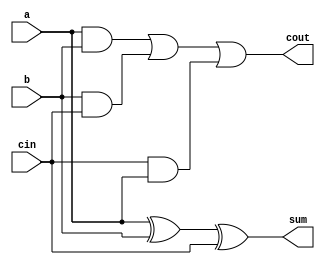
module one_bit_FA(
    input a,b,
    input cin,
    output cout,sum);
	
    assign sum  = a^b^cin;
    assign cout = (a&b)|(b&cin)|(cin&a);
endmodule

module top_module( 
    input [99:0] a, b,
    input cin,
    output [99:0] cout,
    output [99:0] sum );
    genvar i;    
    one_bit_FA FA1(a[0],b[0],cin,cout[0],sum[0]);
    generate
        for (i=1; i<100; i=i+1) begin : Full_adder_block
        one_bit_FA FA(a[i],b[i],cout[i-1],cout[i],sum[i]);
    end
    endgenerate
endmodule